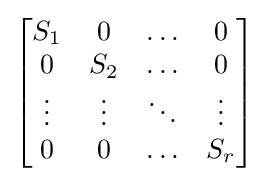
{\begin{bmatrix}S_{1}&0&\ldots &0\\0&S_{2}&\ldots &0\\\vdots &\vdots &\ddots &\vdots \\0&0&\ldots &S_{r}\end{bmatrix}}